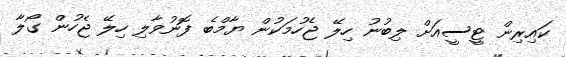
ކައިރިން ޓީސީއަށް ލިބުނު ހިލޭ ޖެހުމަކުން ޔާމްބެ ފޮނުވާލި ހިލޭ ޖެހުން ގޯލާ